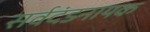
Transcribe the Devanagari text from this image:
सर्वदंडनायक